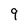
Character: 9